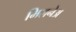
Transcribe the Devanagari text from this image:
मिलनेअ